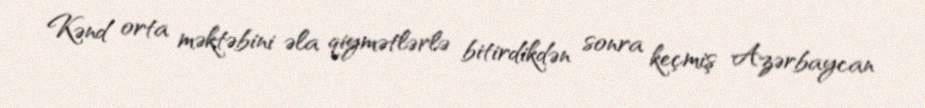
Kənd orta məktəbini əla qiymətlərlə bitirdikdən sonra keçmiş Azərbaycan